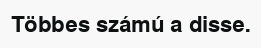
Többes számú a disse.